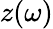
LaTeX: z(\omega)